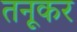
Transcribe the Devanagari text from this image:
तनूकर